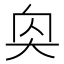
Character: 𪥌